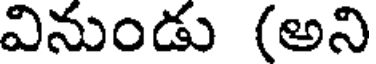
వినుండు (అని